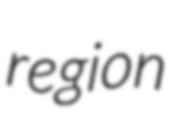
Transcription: region